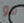
هو